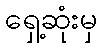
ရှေ့ဆုံးမှ